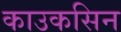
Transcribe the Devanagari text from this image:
काउकसिन